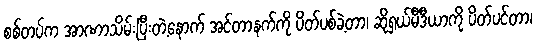
စစ်တပ်က အာဏာသိမ်းပြီးတဲ့နောက် အင်တာနက်ကို ပိတ်ပစ်ခဲ့တာ၊ ဆိုရှယ်မီဒီယာကို ပိတ်ပင်တာ၊